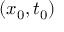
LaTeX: ( x _ { 0 } , t _ { 0 } )